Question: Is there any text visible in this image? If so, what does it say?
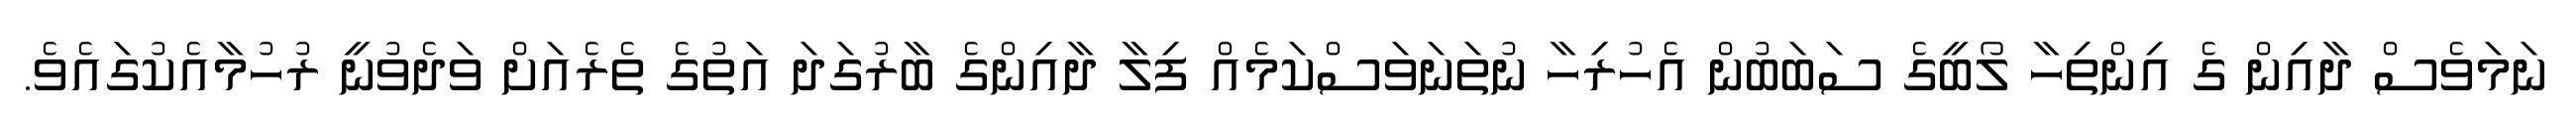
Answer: ނަމަވެސް ދާއިން ގެ އިންތިހާ ލޯބީގެ ސަބަބުން އެހުރިހާ ނުތަނަވަސްކަމެއް ފިލާ ދާއިންގެ ބާރުގަދަ އަތުގެ ތެރެއަށް ވަދެވުނީ ރުހުމާއެކުގައެވެ.